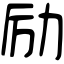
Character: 励